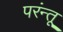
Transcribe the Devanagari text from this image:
परंन्तू